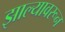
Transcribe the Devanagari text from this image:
झाल्यावरून